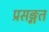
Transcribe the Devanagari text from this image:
प्रसङ्गत